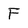
Character: F